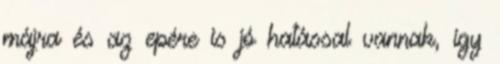
májra és az epére is jó hatással vannak, így